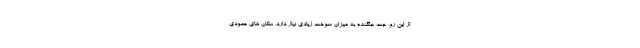
از این رو، جت جنگنده به میزان سوخت زیادی نیاز دارد. سکان های عمودی